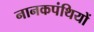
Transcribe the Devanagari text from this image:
नानकपंथियों